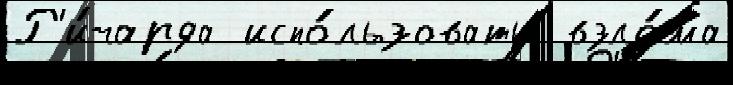
Р'и́чарда испо́льзовать  взло́ма